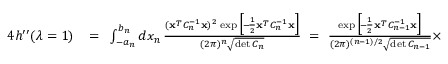
\begin{array} { r l r } { 4 h ^ { \prime \prime } ( \lambda = 1 ) } & { { } \! = \! } & { \int _ { - a _ { n } } ^ { b _ { n } } d x _ { n } \, { \frac { ( { \bf x } ^ { _ T } C _ { n } ^ { - 1 } { \bf x } ) ^ { 2 } \, \exp \Big [ \! - \! { \frac { 1 } { 2 } } { \bf x } ^ { _ T } C _ { n } ^ { - 1 } { \bf x } \Big ] } { ( 2 \pi ) ^ { n } \sqrt { \operatorname* { d e t } C _ { n } } } } \ = \ { \frac { \exp \Big [ \! - \! { \frac { 1 } { 2 } } { \bf x } ^ { _ T } C _ { n - 1 } ^ { - 1 } { \bf x } \Big ] } { ( 2 \pi ) ^ { ( n - 1 ) / 2 } \sqrt { \operatorname* { d e t } C _ { n - 1 } } } } \times } \end{array}